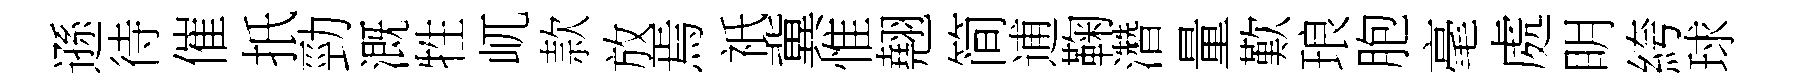
遜待催扺勁溉牲屼款放焉祇冀惟翹简逋鞠濳量歎琅胞毫處眀絝球